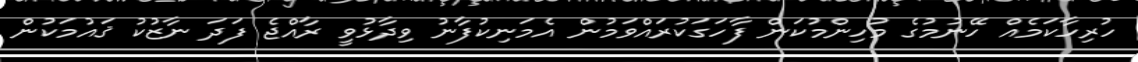
ހުރިހާކަމެއް ހޭނުމުގެ މުހިންމުކަން ފާހަގަކުރައްވަމުން އެމަނިކުފާނު ވިދާޅުވީ ރާއްޖެ ފަދަ ނާޒުކު ޤައުމަކުން